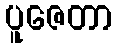
ပူဇေတာ